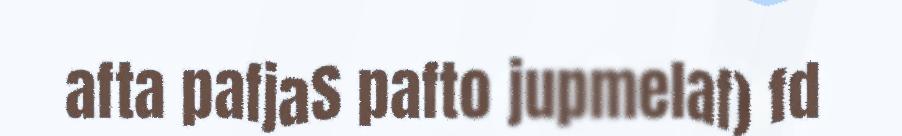
afta pafjaS pafto jupmelaf) fd